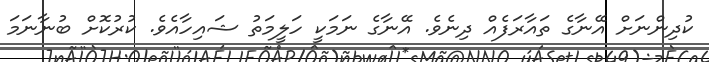
ކުދިންނަށް އޭނާގެ ތައާރަފެއް ދިނެވެ. އޭނާގެ ނަމަކީ ހަލީމަތު ޝައިހާއެވެ. ކުރުކޮށް ބުނާނަމަ